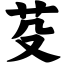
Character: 芟